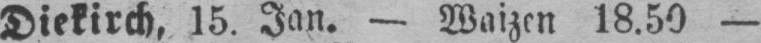
Diekirch, 15. Jan. - Waizen 18.50 -